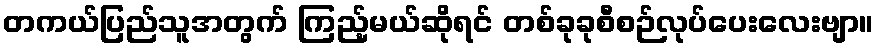
တကယ်ပြည်သူအတွက် ကြည့်မယ်ဆိုရင် တစ်ခုခုစီစဉ်လုပ်ပေးလေးဗျာ။